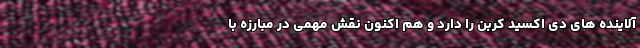
آلاینده های دی اکسید کربن را دارد و هم اکنون نقش مهمی در مبارزه با